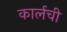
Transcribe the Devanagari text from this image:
कार्लची